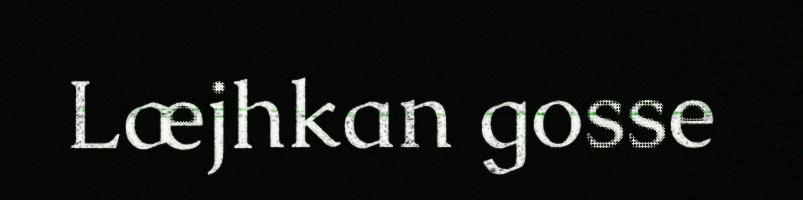
Læjhkan gosse